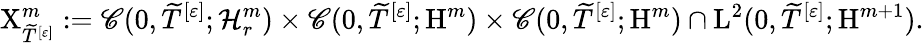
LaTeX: \mathrm{X}_{\widetilde{T}^{[\varepsilon]}}^{m}:=\mathscr{C}(0,\widetilde{T}^{[\varepsilon]};\mathcal{H}_{r}^{m})\times\mathscr{C}(0,\widetilde{T}^{[\varepsilon]};\mathrm{H}^{m})\times\mathscr{C}(0,\widetilde{T}^{[\varepsilon]};\mathrm{H}^{m})\cap\mathrm{L}^{2}(0,\widetilde{T}^{[\varepsilon]};\mathrm{H}^{m+1}).